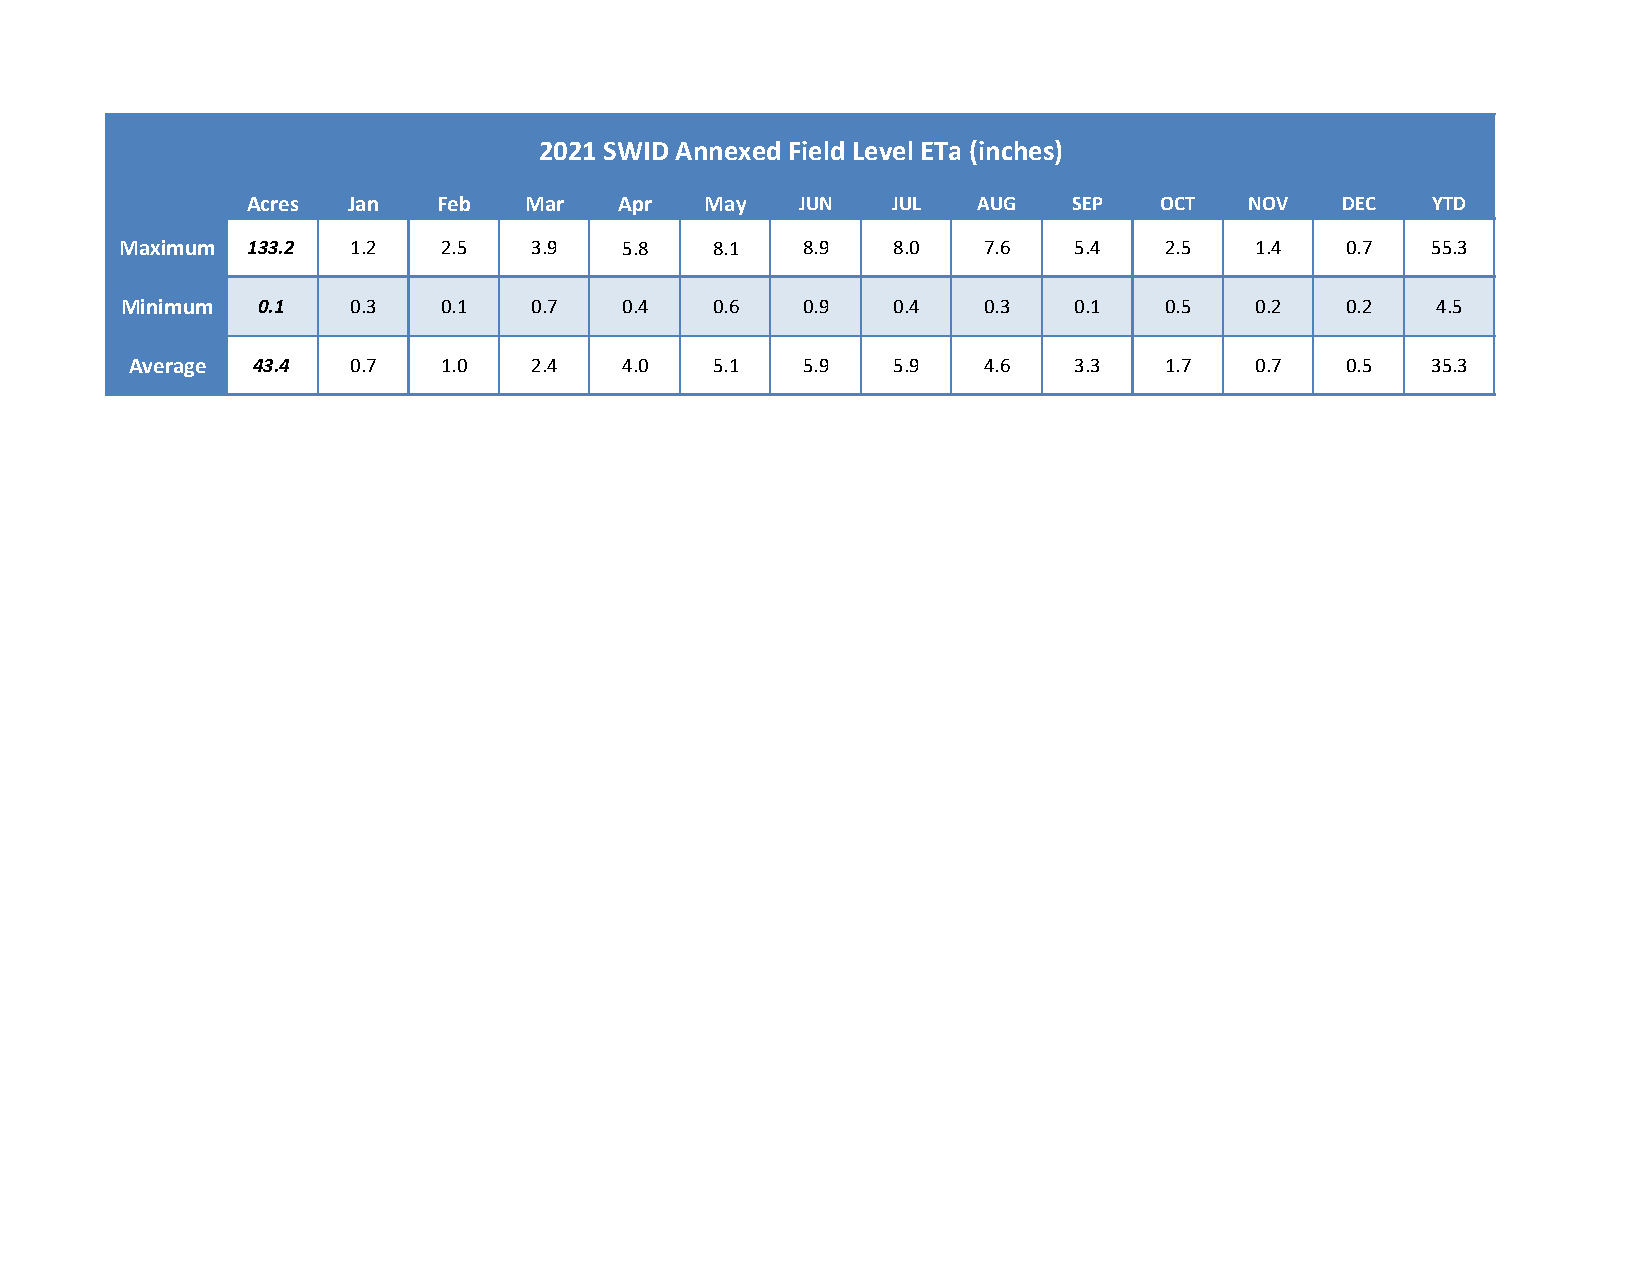
2021 SWID Annexed Field Level ETa (inches)
 Acres Jan   Feb   Mar   Apr   May   JUN   JUL   AUG   SEP   OCT   NOV   DEC   YTD
 Maximum  133.2 1.2   2.5   3.9   5.8   8.1   8.9   8.0   7.6   5.4   2.5   1.4   0.7   55.3
 Minimum  0.1   0.3   0.1   0.7   0.4   0.6   0.9   0.4   0.3   0.1   0.5   0.2   0.2   4.5
 Average 43.4  0.7   1.0   2.4   4.0   5.1   5.9   5.9   4.6   3.3   1.7   0.7   0.5   35.3